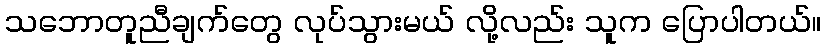
သဘောတူညီချက်တွေ လုပ်သွားမယ် လို့လည်း သူက ပြောပါတယ်။